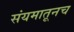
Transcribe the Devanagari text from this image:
संयमातूनच